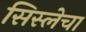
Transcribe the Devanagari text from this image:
सिस्लेचा